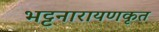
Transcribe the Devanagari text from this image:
भट्टनारायणकृत